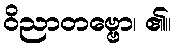
ဝိညာတဗ္ဗော၊ ၏။